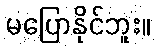
မပြောနိုင်ဘူး။